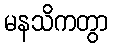
မနသိကတွာ